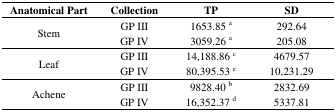
| Anatomical Part | Collection | TP | SD |
 | --- | --- | --- | --- |
 | <ROWSPAN=2> Stem | GP III | 1653.85 a | 292.64 |
 | GP IV | 3059.26 a | 205.08 |
 | <ROWSPAN=2> Leaf | GP III | 14,188.86 c | 4679.57 |
 | GP IV | 80,395.53 e | 10,231.29 |
 | <ROWSPAN=2> Achene | GP III | 9828.40 b | 2832.69 |
 | GP IV | 16,352.37 d | 5337.81 |